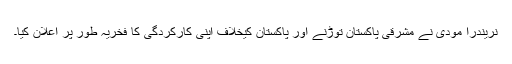
نریندرا مودی نے مشرقی پاکستان توڑنے اور پاکستان کیخلاف اپنی کارکردگی کا فخریہ طور پر اعلان کیا۔